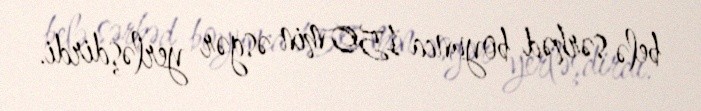
belə sərhəd boyunca 150 min əsgər yerləşdirdi.